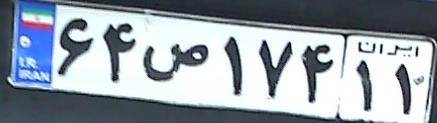
۶۴ص۱۷۴۱۱